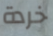
خردة